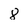
Character: 8